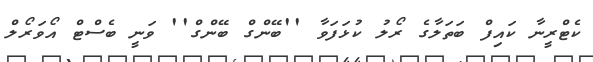
ކެޓްރީނާ ކައިފް ބަތަލާގެ ރޯލު ކުޅަފަވާ ''ބޭންގް ބޭންގް'' ވަނީ ބެސްޓް އޯވަރޯލް